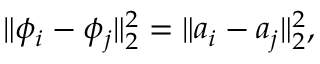
\lVert \phi _ { i } - \phi _ { j } \rVert _ { 2 } ^ { 2 } = \lVert a _ { i } - a _ { j } \rVert _ { 2 } ^ { 2 } ,